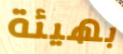
بهيئة